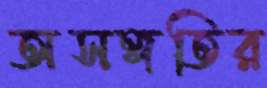
অসঙ্গতির